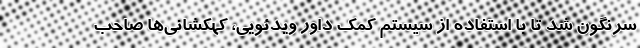
سرنگون شد تا با استفاده از سیستم کمک داور ویدئویی، کهکشانی‌ها صاحب